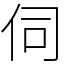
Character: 伺